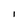
Character: l